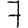
Digit: 7